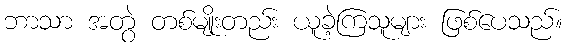
ဘာသာ အတွဲ တစ်မျိုးတည်း ယူခဲ့ကြသူများ ဖြစ်ပေသည်။